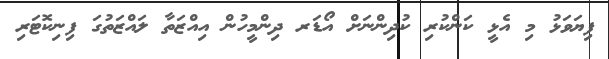
ފިޔަވަޅު މި އެޅީ ކަންކުރި ކުދިންނަށް އޯޑަރ ދިންމީހުން އިއްޒަތާ ލައްޒަތުގަ ފިނިކޮޓަރި